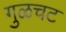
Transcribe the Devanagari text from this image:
गुळचट